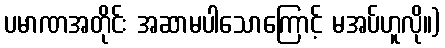
ပမာဏအတိုင်း အဆာမပါသောကြောင့် မအပ်ဟူလို။)